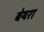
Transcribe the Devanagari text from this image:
बेयरा